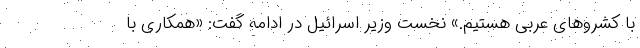
با کشروهای عربی هستیم.» نخست وزیر اسرائیل در ادامه گفت: «همکاری با